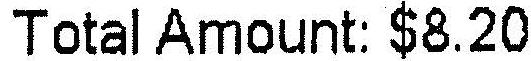
TOTAL AMOUNT: $8.20